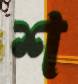
শ